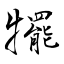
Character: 犤